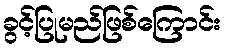
ခွင့်ပြုမည်ဖြစ်ကြောင်း